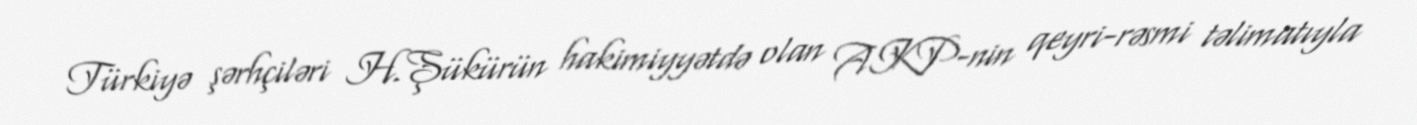
Türkiyə şərhçiləri H.Şükürün hakimiyyətdə olan AKP-nin qeyri-rəsmi təlimatıyla